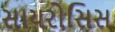
સાયરોસિસ